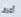
أعرف